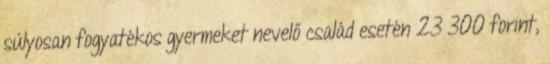
súlyosan fogyatékos gyermeket nevelő család esetén 23 300 forint,